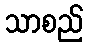
သာစည်